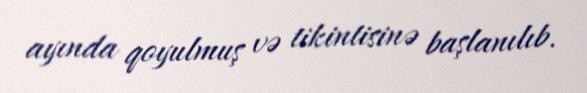
ayında qoyulmuş və tikintisinə başlanılıb.